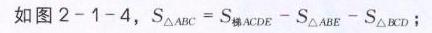
如图2 - 1 - 4，\(S_{\triangle ABC}=S_{梯ACDE}-S_{\triangle ABE}-S_{\triangle BCD}\)